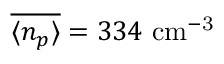
\overline { { \langle n _ { p } \rangle } } = 3 3 4 ~ \mathrm { c m ^ { - 3 } }